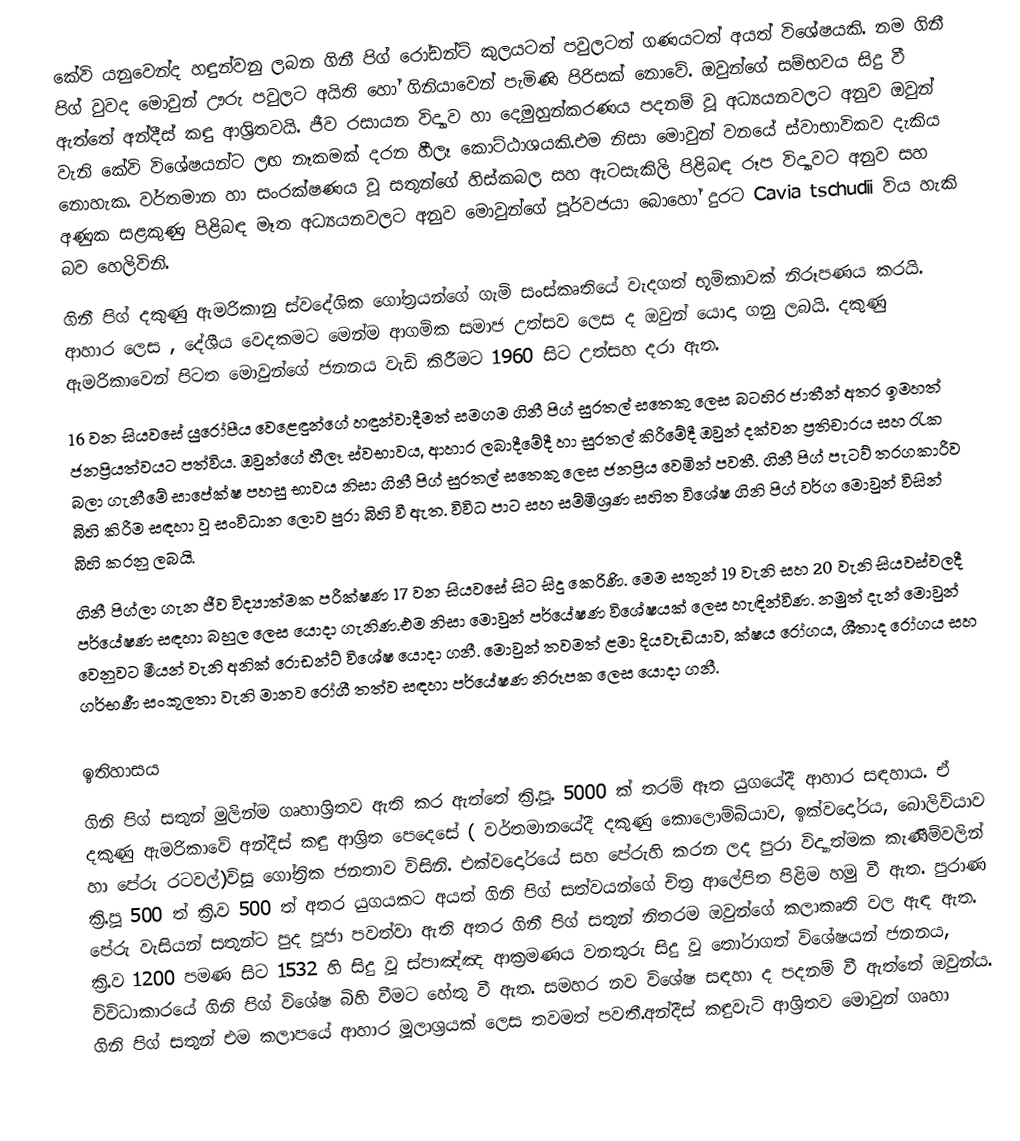
කේවි යනුවෙන්ද හඳුන්වනු ලබන ගිනී පිග් රෝඩන්ට් කුලයටත් පවුලටත් ගණයටත් අයත් විශේෂයකි. නම ගිනී පිග් වුවද මොවුන් ඌරු පවුලට අයිති හෝ ගිනියාවෙන් පැමිණි පිරිසක් නොවේ. ඔවුන්ගේ සම්භවය සිදු වී ඇත්තේ අන්දීස් කඳු ආශ්‍රිතවයි. ජීව රසායන විද්‍යාව හා දෙමුහුන්කරණය පදනම් වූ  අධ්‍යයනවලට අනුව ඔවුන්  වැනි කේවි විශේෂයන්ට ලඟ නෑකමක් දරන හීලෑ කොට්ඨාශයකි.එම නිසා මොවුන් වනයේ ස්වාභාවිකව දැකිය නොහැක. වර්තමාන හා සංරක්ෂණය වූ සතුන්ගේ හිස්කබල සහ ඇටසැකිලි පිළිබඳ රූප විද්‍යාවට අනුව සහ අණුක සළකුණු පිළිබඳ මෑත අධ්‍යයනවලට අනුව මොවුන්ගේ පූර්වජයා බොහෝ දුරට Cavia tschudii විය හැකි බව හෙලිවිනි.
ගිනී පිග් දකුණු ඇමරිකානු ස්වදේශික ගෝත්‍රයන්ගේ ගැමි සංස්කෘතියේ  වැදගත් භූමිකාවක් නිරූපණය කරයි. ආහාර ලෙස , දේශීය වෙදකමට මෙන්ම ආගමික සමාජ උත්සව ලෙස ද ඔවුන් යොදා ගනු ලබයි. දකුණු ඇමරිකාවෙන් පිටත මොවුන්ගේ ජනනය වැඩි කිරීමට 1960 සිට උත්සහ දරා ඇත.
16 වන සියවසේ යුරෝපීය වෙළෙඳුන්ගේ හඳුන්වාදීමත් සමගම ගිනී පිග් සුරතල් සතෙකු   ලෙස බටහිර ජාතීන් අතර ඉමහත් ජනප්‍රියත්වයට පත්විය. ඔවුන්ගේ හීලෑ ස්වභාවය, ආහාර ලබාදීමේදී හා සුරතල් කිරීමේදී ඔවුන් දක්වන ප්‍රතිචාරය සහ රැක බලා ගැනීමේ සාපේක්ෂ පහසු භාවය නිසා ගිනී පිග් සුරතල් සතෙකු ලෙස ජනප්‍රිය වෙමින් පවතී. ගිනී පිග් පැටව් තරගකාරීව බිහි කිරීම සඳහා වූ සංවිධාන ලොව පුරා බිහි වී ඇත. විවිධ පාට සහ සම්මිශ්‍රණ සහිත විශේෂ ගිනි පිග් වර්ග මොවුන් විසින් බිහි කරනු ලබයි.
ගිනී පිග්ලා ගැන ජීව විද්‍යාත්මක පරීක්ෂණ 17 වන සියවසේ සිට සිදු කෙරිණි. මෙම සතුන් 19 වැනි සහ 20 වැනි සියවස්වලදී පර්යේෂණ සඳහා බහුල ලෙස යොදා ගැනිණ.එම නිසා මොවුන් පර්යේෂණ විශේෂයක් ලෙස හැඳින්විණ. නමුත් දැන් මොවුන් වෙනුවට මීයන් වැනි අනික් රොඩන්ට් විශේෂ යොදා ගනී. මොවුන් තවමත් ළමා දියවැඩියාව, ක්ෂය රෝගය, ශීතාද රෝගය සහ ගර්භණී සංකූලතා වැනි මානව රෝගී තත්ව සඳහා පර්යේෂණ නිරූපක ලෙස යොදා ගනී.

ඉතිහාසය
ගිනි පිග් සතුන් මුලින්ම ගෘහාශ්‍රිතව ඇති කර ඇත්තේ ක්‍රි.පූ. 5000 ක් තරම් ඈත යුගයේදී ආහාර සඳහාය. ඒ දකුණු ඇමරිකාවේ අන්දීස් කඳු ආශ්‍රිත පෙදෙසේ ( වර්තමානයේදී දකුණු කොලොම්බියාව, ඉක්වදෝරය, බොලිවියාව හා පේරු රටවල්)විසූ ගෝත්‍රික ජනතාව විසිනි. එක්වදෝරයේ සහ පේරුහි කරන ලද පුරා විද්‍යාත්මක කැණීම්වලින් ක්‍රි.පූ 500 ත්  ක්‍රි.ව 500 ත් අතර යුගයකට අයත් ගිනි පිග් සත්වයන්ගේ චිත්‍ර ආලේපිත පිළිම හමු වී ඇත. පුරාණ පේරු වැසියන් සතුන්ට පුද පූජා පවත්වා ඇති අතර ගිනී පිග් සතුන් නිතරම ඔවුන්ගේ කලාකෘති වල ඇඳ ඇත.  ක්‍රි.ව 1200 පමණ සිට 1532 හි සිදු වූ ස්පාඤ්ඤ ආක්‍රමණය වනතුරු සිදු වූ තෝරාගත් විශේෂයන් ජනනය, විවිධාකාරයේ ගිනි පිග් විශේෂ බිහි වීමට හේතු වී ඇත. සමහර නව විශේෂ සඳහා ද පදනම් වී ඇත්තේ ඔවුන්ය. ගිනි පිග් සතුන් එම කලාපයේ ආහාර මූලාශ්‍රයක් ලෙස තවමත් පවතී.අන්දීස් කඳුවැටි ආශ්‍රිතව මොවුන් ගෘහා